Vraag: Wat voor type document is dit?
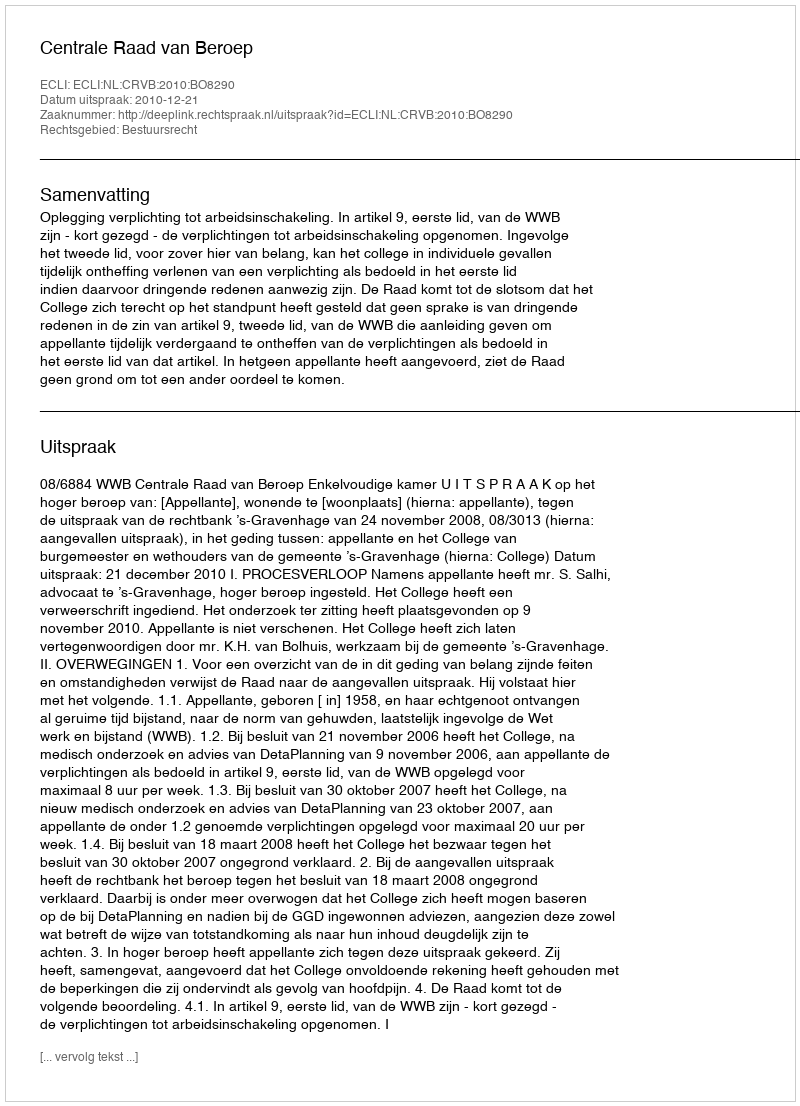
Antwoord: Uitspraak